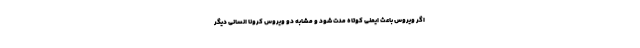
اگر ویروس باعث ایمنی کوتاه مدت شود و مشابه دو ویروس کرونا انسانی دیگر